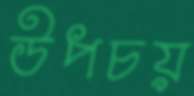
উপচয়